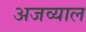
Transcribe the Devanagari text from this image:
अजव्याल